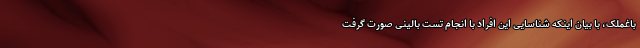
باغملک، با بیان اینکه شناسایی این افراد با انجام تست بالینی صورت گرفت